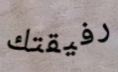
رفيقتك